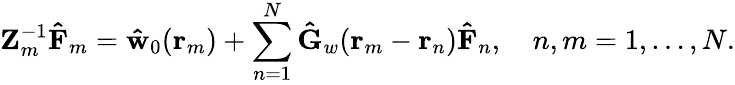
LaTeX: \mathbf{Z}_{m}^{-1}\mathbf{\hat{F}}_{m}=\mathbf{\hat{w}}_{0}(\mathbf{r}_{m})+\sum_{n=1}^{N}\mathbf{\hat{G}}_{w}(\mathbf{r}_{m}-\mathbf{r}_{n})\mathbf{\hat{F}}_{n},\quad n,m=1,...,N.